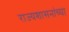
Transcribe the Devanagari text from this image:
राज्यशासनांच्या